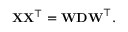
\mathbf { X } \mathbf { X } ^ { \top } = \mathbf { W D W } ^ { \top } .